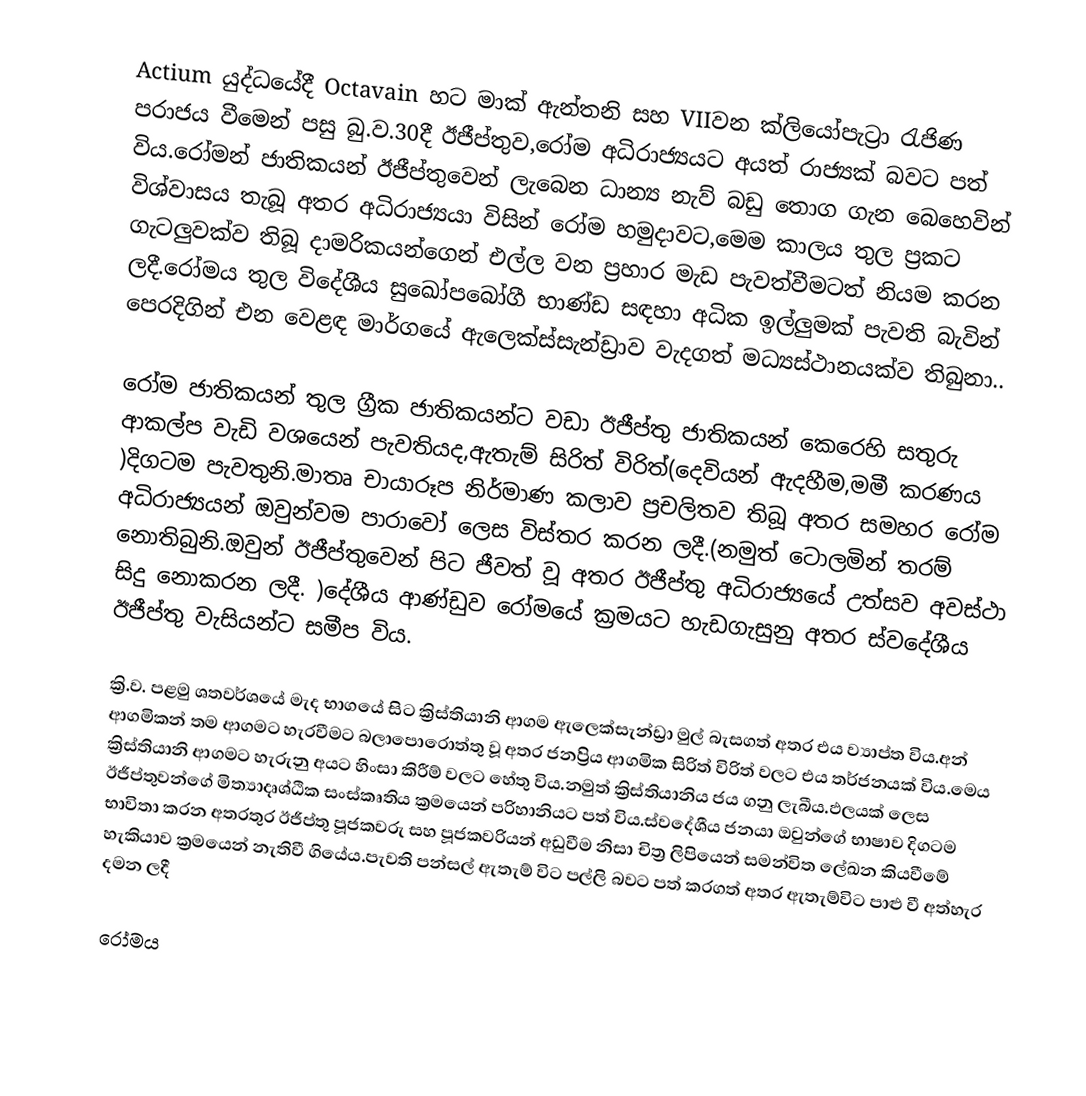
Actium යුද්ධයේදී Octavain  හට මාක් ඇන්තනි සහ VIIවන ක්ලියෝපැට්‍රා රැජිණ පරාජය වීමෙන් පසු බු.ව.30දී ඊජීප්තුව,රෝම අධිරාජ්‍යයට අයත් රාජ්‍යක් බවට පත් විය.රෝමන් ජාතිකයන් ඊජීප්තුවෙන් ලැබෙන ධාන්‍ය නැව් බඩු තොග ගැන බෙහෙවින් විශ්වාසය තැබූ අතර අධිරාජ්‍යයා විසින් රෝම හමුදාවට,මෙම කාලය තුල ප්‍රකට ගැටලුවක්ව තිබූ දාමරිකයන්ගෙන් එල්ල වන ප්‍රහාර මැඩ පැවත්වීමටත් නියම කරන ලදී.රෝමය තුල විදේශීය සුඛෝපබෝගී භාණ්ඩ සඳහා අධික ඉල්ලුමක් පැවති බැවින් පෙරදිගින් එන වෙළඳ මාර්ගයේ ඇලෙක්ස්සැන්ඩ්‍රාව වැදගත් මධ්‍යස්ථානයක්ව තිබුනා..

රෝම ජාතිකයන් තුල ග්‍රීක ජාතිකයන්ට වඩා ඊජීප්තු ජාතිකයන් කෙරෙහි සතුරු ආකල්ප වැඩි වශයෙන් පැවතියද,ඇතැම් සිරිත් විරිත්(දෙවියන් ඇදහීම,මමී කරණය )දිගටම පැවතුනි.මාතෘ චායාරූප නිර්මාණ කලාව ප්‍රචලිතව තිබූ අතර සමහර රෝම අධිරාජ්‍යයන් ඔවුන්වම පාරාවෝ ලෙස විස්තර කරන ලදී.(නමුත් ටොලමින් තරම් නොතිබුනි.ඔවුන් ඊජීප්තුවෙන් පිට ජීවත් වූ අතර ඊජීප්තු අධිරාජ්‍යයේ උත්සව අවස්ථා සිදු නොකරන ලදී. )දේශීය ආණ්ඩුව රෝමයේ ක්‍රමයට හැඩගැසුනු අතර ස්වදේශීය ඊජීප්තු වැසියන්ට සමීප විය.

ක්‍රි.ව. පළමු ශතවර්ශයේ මැද භාගයේ සිට ක්‍රිස්තියානි ආගම ඇලෙක්සැන්ඩ්‍රා මුල් බැසගත් අතර  එය ව්‍යාප්ත විය.අන් ආගමිකන් තම ආගමට හැරවීමට බලාපොරොත්තු වූ අතර ජනප්‍රිය ආගමික සිරිත් විරිත් වලට එය තර්ජනයක් විය.මෙය ක්‍රිස්තියානි ආගමට හැරුනු අයට හිංසා කිරීම් වලට හේතු විය.නමුත් ක්‍රිස්තියානිය ජය ගනු ලැබීය.ඵලයක් ලෙස ඊජීප්තුවන්ගේ මිත්‍යාදෘශ්ඨික සංස්කෘතිය ක්‍රමයෙන් පරිහානියට පත් විය.ස්වදේශීය ජනයා ඔවුන්ගේ භාෂාව දිගටම භාවිතා කරන අතරතුර ඊජීප්තු පූජකවරු සහ පූජකවරියන් අඩුවීම නිසා චිත්‍ර ලිපියෙන් සමන්විත ලේඛන කියවීමේ හැකියාව ක්‍රමයෙන් නැතිවී ගියේය.පැවති පන්සල් ඇතැම් විට පල්ලි බවට පත් කරගත් අතර ඇතැම්විට පාළු වී අත්හැර දමන ලදී

රෝමය